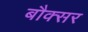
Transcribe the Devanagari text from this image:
बौक्सर